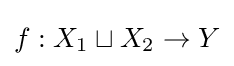
f:X_{1}\sqcup X_{2}\to Y